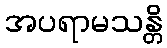
အပရာမသန္တိ